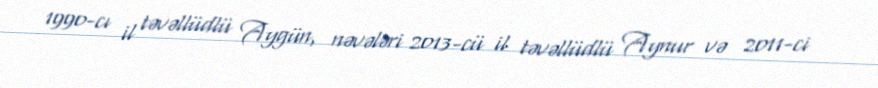
1990-cı il təvəllüdlü Aygün, nəvələri 2013-cü il təvəllüdlü Aynur və 2011-ci